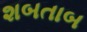
શબતાબ